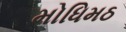
મોધિમઠ